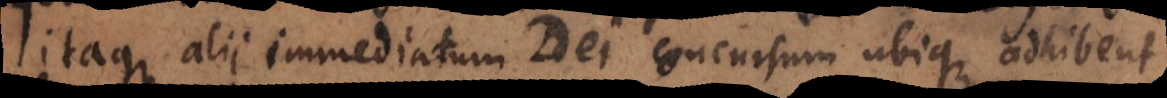
itaque alii immediatum Dei concursum ubique adhibent